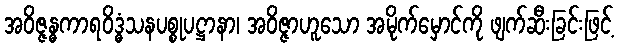
အဝိဇ္ဇန္ဓကာရဝိဒ္ဓံသနပစ္စုပဋ္ဌာနာ၊ အဝိဇ္ဇာဟူသော အမိုက်မှောင်ကို ဖျက်ဆီးခြင်းဖြင့်